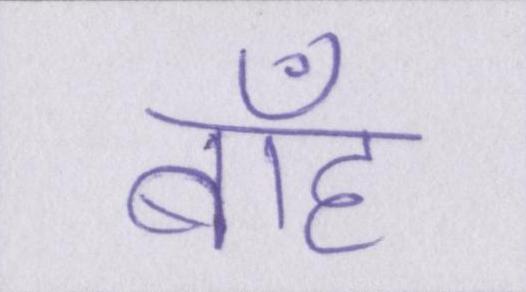
बाँह